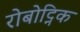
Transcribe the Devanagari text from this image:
रोबोट्निक